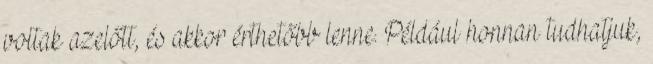
voltak azelőtt, és akkor érthetőbb lenne. Például honnan tudhatjuk,